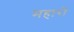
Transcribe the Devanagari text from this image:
महारो